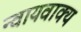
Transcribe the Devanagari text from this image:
न्वायवाक्य